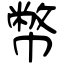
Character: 幣